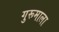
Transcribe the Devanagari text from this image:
गुरूमाला